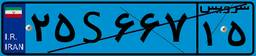
۵۵S۶۹۹۶۱